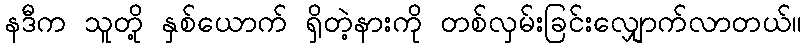
နဒီက သူတို့ နှစ်ယောက် ရှိတဲ့နားကို တစ်လှမ်းခြင်းလျှောက်လာတယ်။